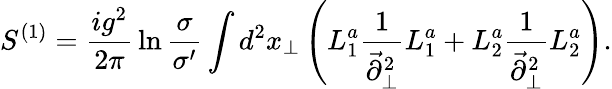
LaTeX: S^{(1)}={\frac{ig^{2}}{2\pi}}\ln{\frac{\sigma}{\sigma^{\prime}}}\int d^{2}x_{\perp}\left(L_{1}^{a}{\frac{1}{\vec{\partial}_{\perp}^{2}}}L_{1}^{a}+L_{2}^{a}{\frac{1}{\vec{\partial}_{\perp}^{2}}}L_{2}^{a}\right).